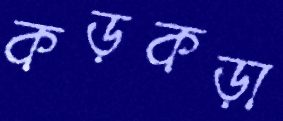
কড়কড়া